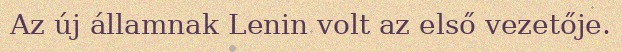
Az új államnak Lenin volt az első vezetője.